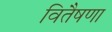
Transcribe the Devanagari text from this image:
वितैषणा